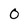
Character: o